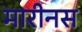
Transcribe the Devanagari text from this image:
मारीनस